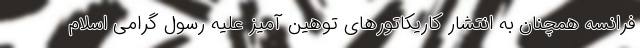
فرانسه همچنان به انتشار کاریکاتورهای توهین آمیز علیه رسول گرامی اسلام